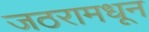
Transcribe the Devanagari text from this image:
जठरामधून